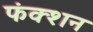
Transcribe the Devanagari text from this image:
फंक्‍शन